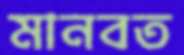
মানবত